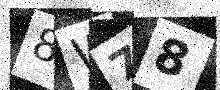
Text: 8W78